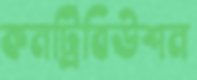
কনট্রিবিউশন